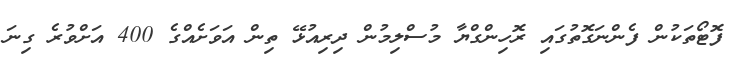
ފޮޓޯތަކުން ފެންނަގޮތުގައި ރޮހިންގްޔާ މުސްލިމުން ދިރިއުޅޭ ތިން އަވަށެއްގެ 400 އަށްވުރެ ގިނަ